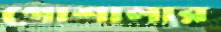
গোশালার